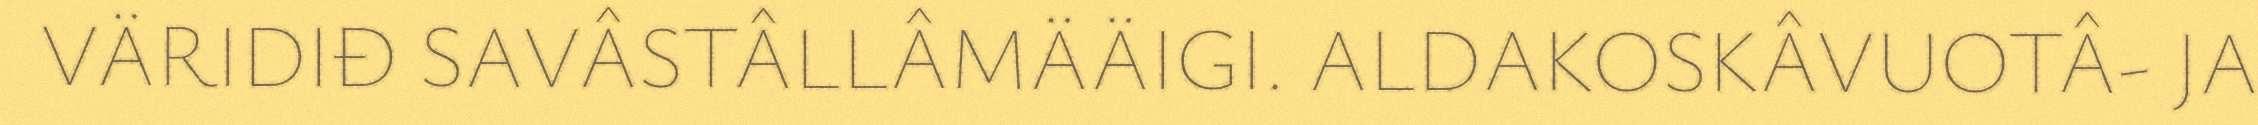
VÄRIDIĐ SAVÂSTÂLLÂMÄÄIGI. ALDAKOSKÂVUOTÂ- JA